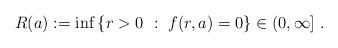
LaTeX: \begin{align*}R(a) := \inf\left\{ r>0\ : \ f(r,a) = 0 \right\} \in (0,\infty]\ . \end{align*}